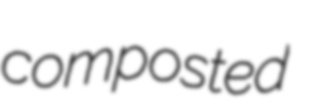
composted